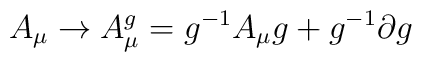
A_\mu \to  A^g_\mu = g^{-1} A_\mu g + g^{-1} \partial g